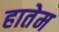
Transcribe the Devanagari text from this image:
हातेम